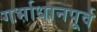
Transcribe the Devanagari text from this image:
गर्भाधानपूर्व